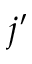
j ^ { \prime }